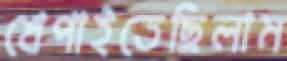
খেপাইতেছিলাম